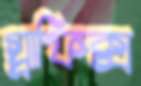
গ্র্রাফিক্স